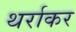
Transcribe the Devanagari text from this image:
थर्राकर